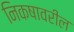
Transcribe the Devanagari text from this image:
निकषावरील